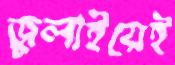
জুলাইয়েই